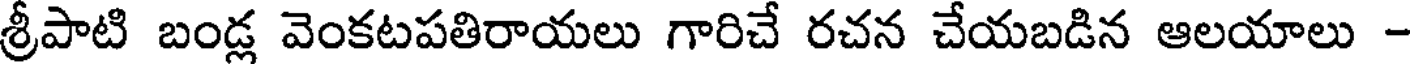
శ్రీపాటి బండ్ల వెంకటపతిరాయలు గారిచే రచన చేయబడిన ఆలయాలు -